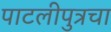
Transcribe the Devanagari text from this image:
पाटलीपुत्रचा